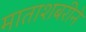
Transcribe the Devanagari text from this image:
माताशबरीने